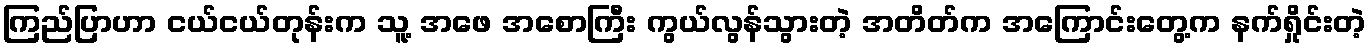
ကြည်ပြာဟာ ငယ်ငယ်တုန်းက သူ့ အဖေ အစောကြီး ကွယ်လွန်သွားတဲ့ အတိတ်က အကြောင်းတွေ့က နက်ရှိုင်းတဲ့